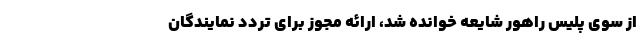
از سوی پلیس راهور شایعه خوانده شد، ارائه مجوز برای تردد نمایندگان